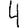
Digit: 4